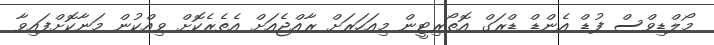
މޯލްޑިވްސް ފުޑް އެންޑް ޑްރަގް އޮތޯރިޓީން މިއަހަރަށް ރާއްޖެއަށް އެތެރެކޮށް ވިއްކުން މަނާކޮށްފައިވާ